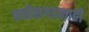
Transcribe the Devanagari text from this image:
छत्तीसगडलाही